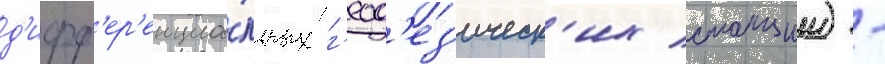
д'ифф'ер'енциа́льных г'еод'ез'ическ'их станции) -